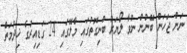
ނަން ޖަހަން ބޭނުން ނުވާ ލޯޔަރު ބުނިގޮތުގައި މާލޭގައި 24 ގަޑިއިރުގެ ޚިދުމަތް